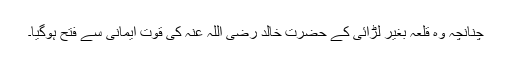
چنانچہ وہ قلعہ بغیر لڑائی کے حضرت خالد رضی اللہ عنہ کی قوت ایمانی سے فتح ہوگیا۔